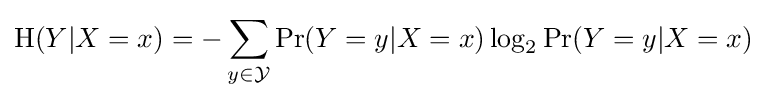
\mathrm {H} (Y|X=x)=-\sum _{y\in {\mathcal {Y}}}{\Pr(Y=y|X=x)\log _{2}{\Pr(Y=y|X=x)}}